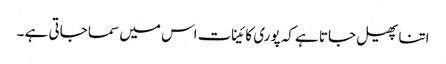
اتنا پھیل جاتا ہے کہ پوری کائینات اس میں سما جاتی ہے ۔